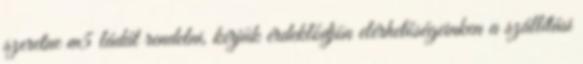
szeretne m5 ládát rendelni, kérjük érdeklődjön elérhetőségeinken a szállítási